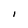
Character: I